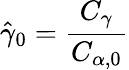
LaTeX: \hat{\gamma}_{0}=\frac{C_{\gamma}}{C_{\alpha,0}}